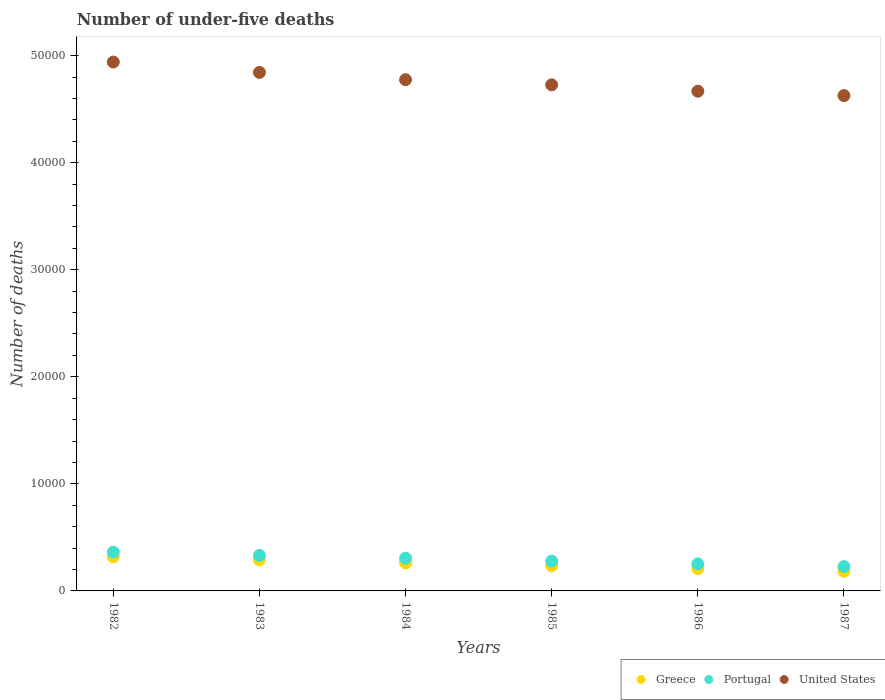
| Years | Greece | Portugal | United States |
 | --- | --- | --- | --- |
 | 1982 | 3.18e+03 | 3.62e+03 | 4.94e+04 |
 | 1983 | 2.9e+03 | 3.32e+03 | 4.84e+04 |
 | 1984 | 2.62e+03 | 3.05e+03 | 4.77e+04 |
 | 1985 | 2.34e+03 | 2.78e+03 | 4.73e+04 |
 | 1986 | 2.09e+03 | 2.53e+03 | 4.67e+04 |
 | 1987 | 1.84e+03 | 2.27e+03 | 4.63e+04 |